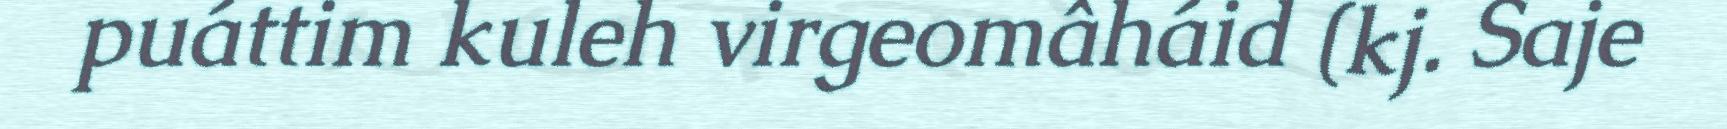
puáttim kuleh virgeomâháid (kj. Saje